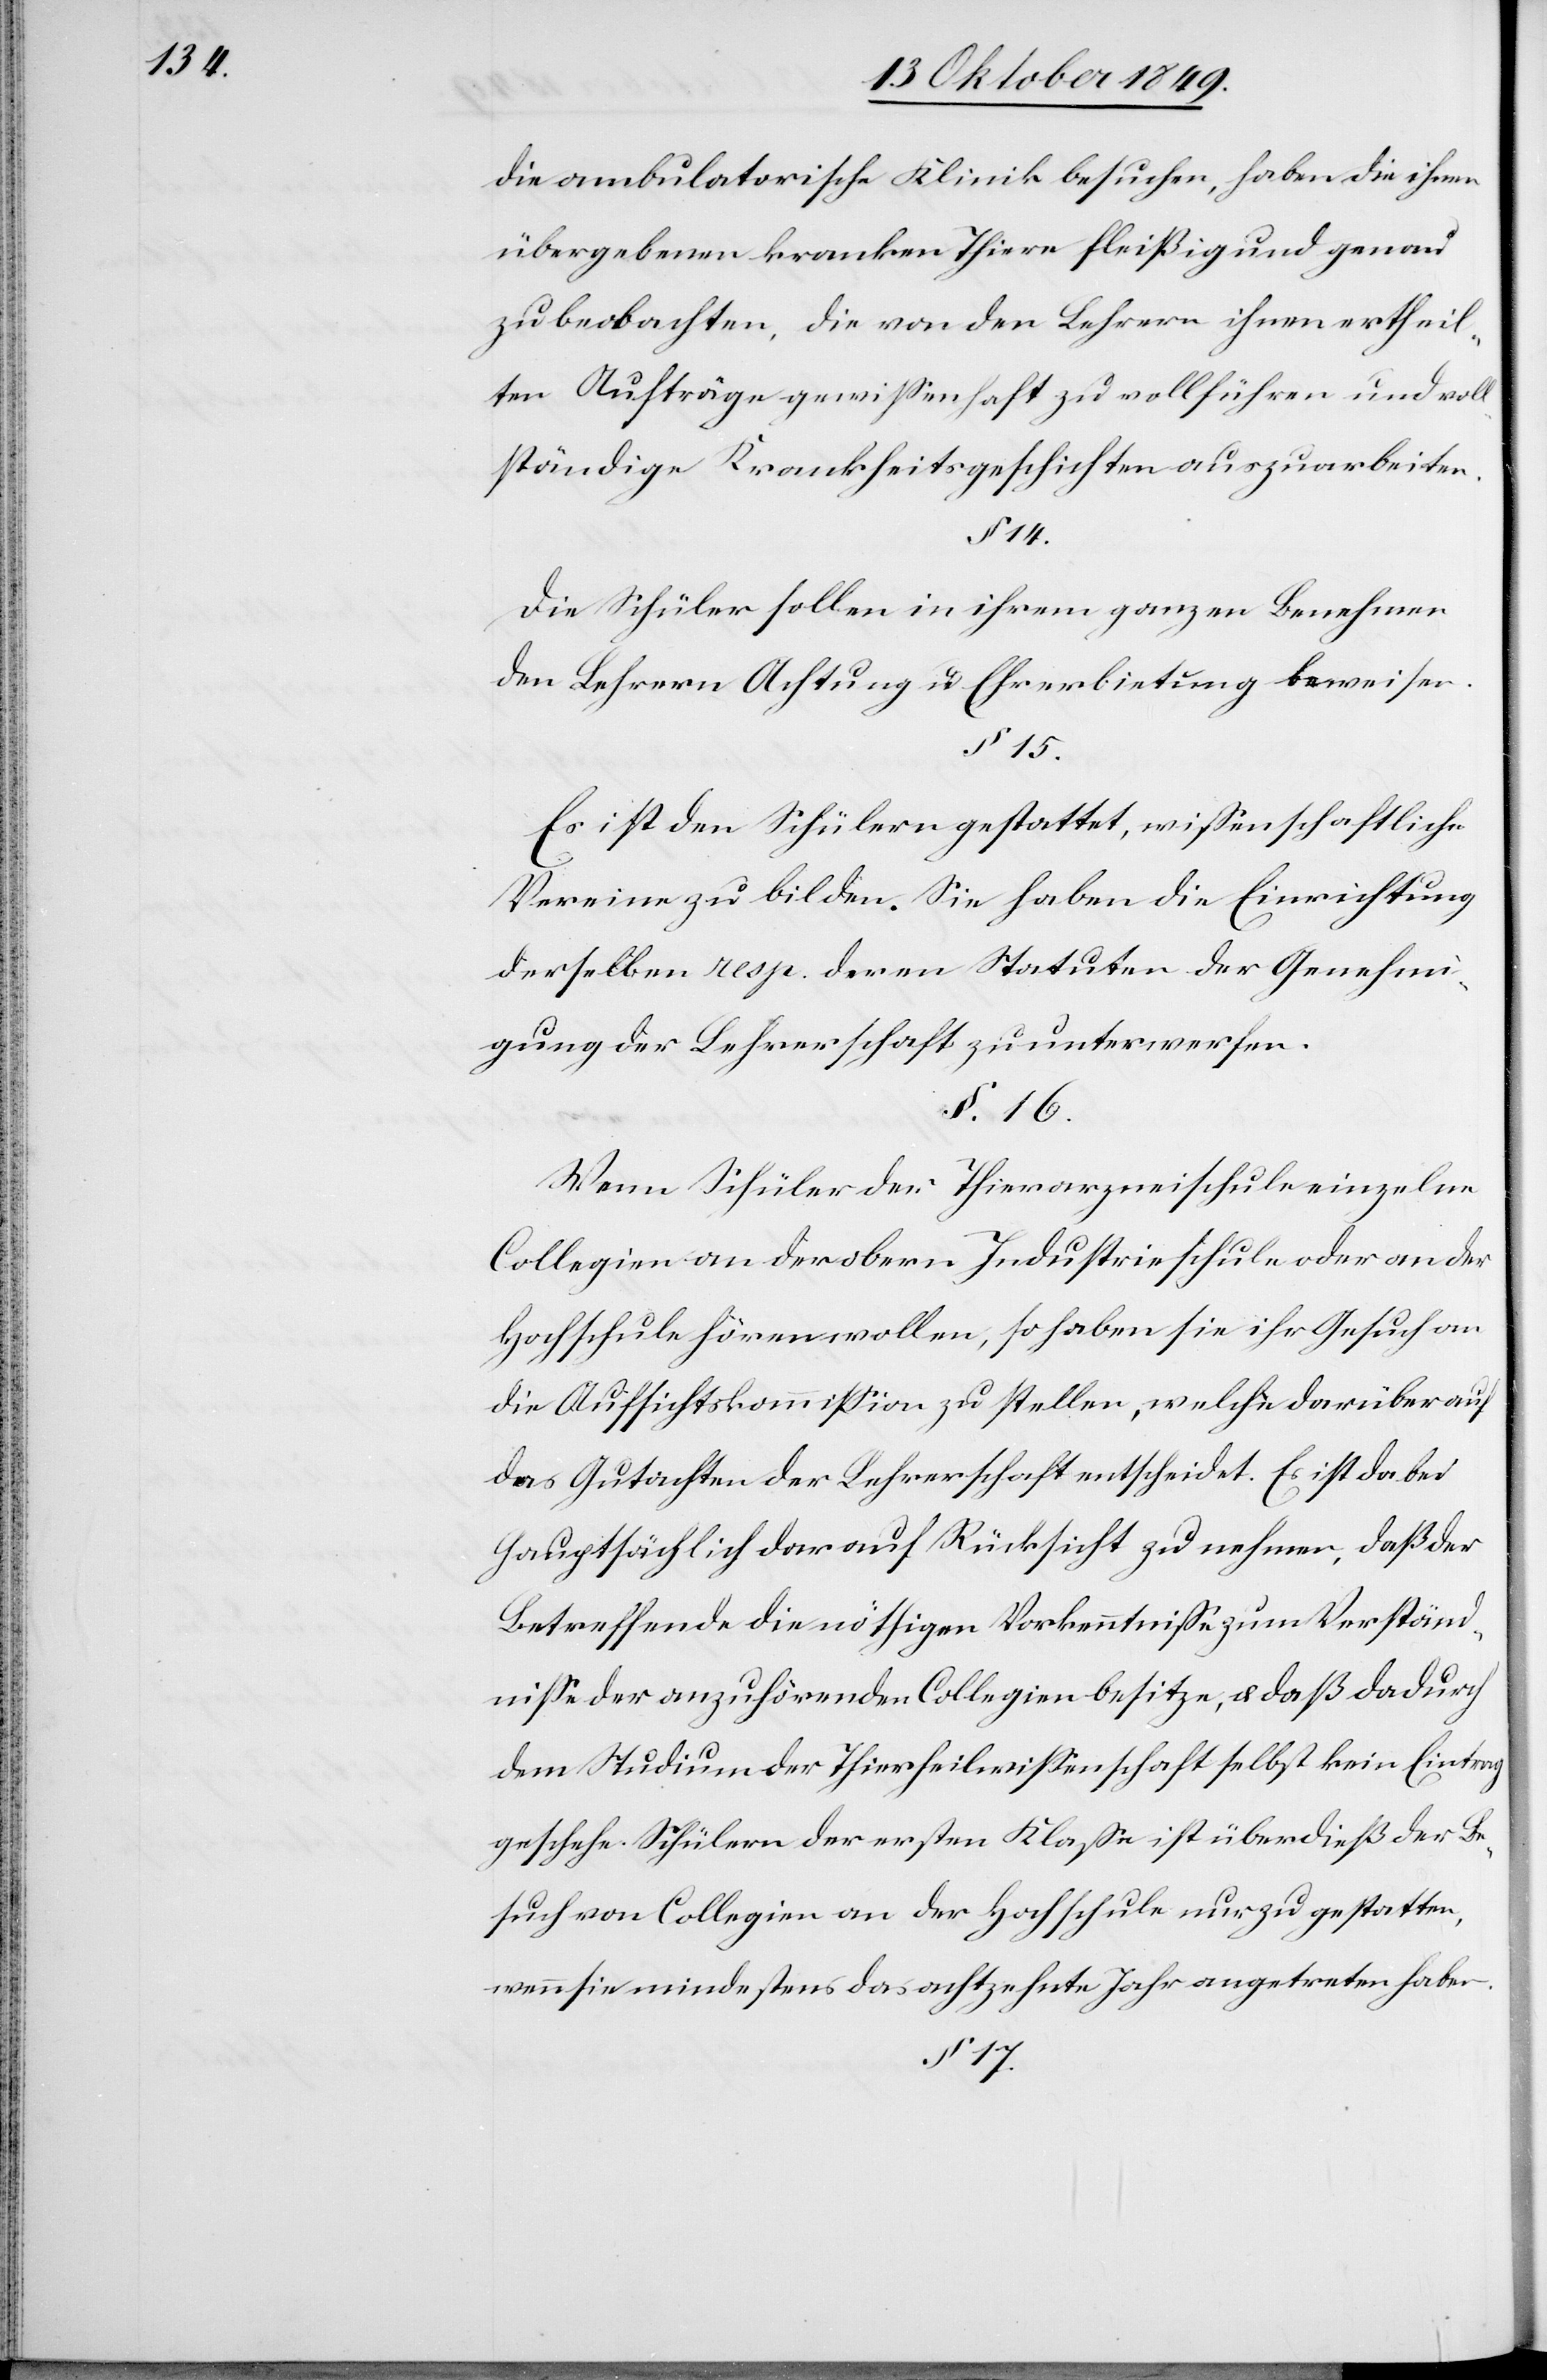
die ambulatorische Klinik besuchen, haben die ihnen
übergebenen kranken Thiere fleißig und genau
zu beobachten, die von den Lehrern ihnen ertheil¬
ten Aufträge gewißenhaft zu vollführen und vol¬
lständige Krankheitsgeschichten auszuarbeiten.
§ 14.
Die Schüler sollen in ihrem ganzen Benehmen
den Lehrern Achtung u. Ehrerbietung beweisen.
§ 15.
Es ist den Schülern gestattet, wißenschaftliche
Vereine zu bilden. Sie haben die Einrichtung
derselben resp. deren Statuten der Genehmi¬
gung der Lehrerschaft zu unterwerfen.
§ 16.
Wenn Schüler der Thierarzneischule einzelne
Collegien an der obern Industrieschule oder an der
Hochschule hören wollen, so haben sie ihr Gesuch an
die Aufsichtskommißion zu stellen, welche darüber auf
das Gutachten der Lehrerschaft entscheidet. Es ist dabei
hauptsächlich darauf Rücksicht zu nehmen, daß der
Betreffende die nöthigen Vorkenntniße zum Verständ¬
niße der anzuhörenden Collegien besitze, u. daß dadurch
dem Studium der Thierwissenschaft selbst kein Eintrag
geschehe. Schülern der ersten Klaße ist überdieß der Be¬
such von Collegien an der Hochschule nur zu gestatten,
wenn sie mindestens das achtzehnte Jahr angetreten haben.
§ 17.